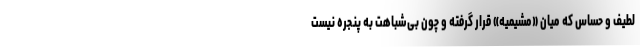
لطیف و حساس که میان «مشیمیه» قرار گرفته و چون بی‌شباهت به پنجره نیست